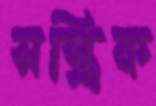
সস্ত্রিক